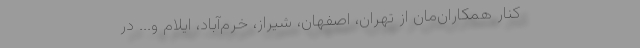
کنار همکاران‌مان از تهران، اصفهان، شیراز، خرم‌آباد، ایلام و... در